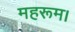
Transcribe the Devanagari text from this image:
महरूम।